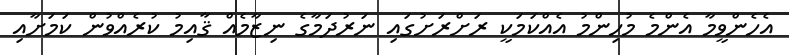
އެހެންވީމާ އެންމެ މުހިންމު އެއްކަމަކީ ރަށްރަށުގައި ނަރުދަމާގެ ނިޒާމެއް ޤާއިމު ކުރެއްވުން ކަމަށާއި